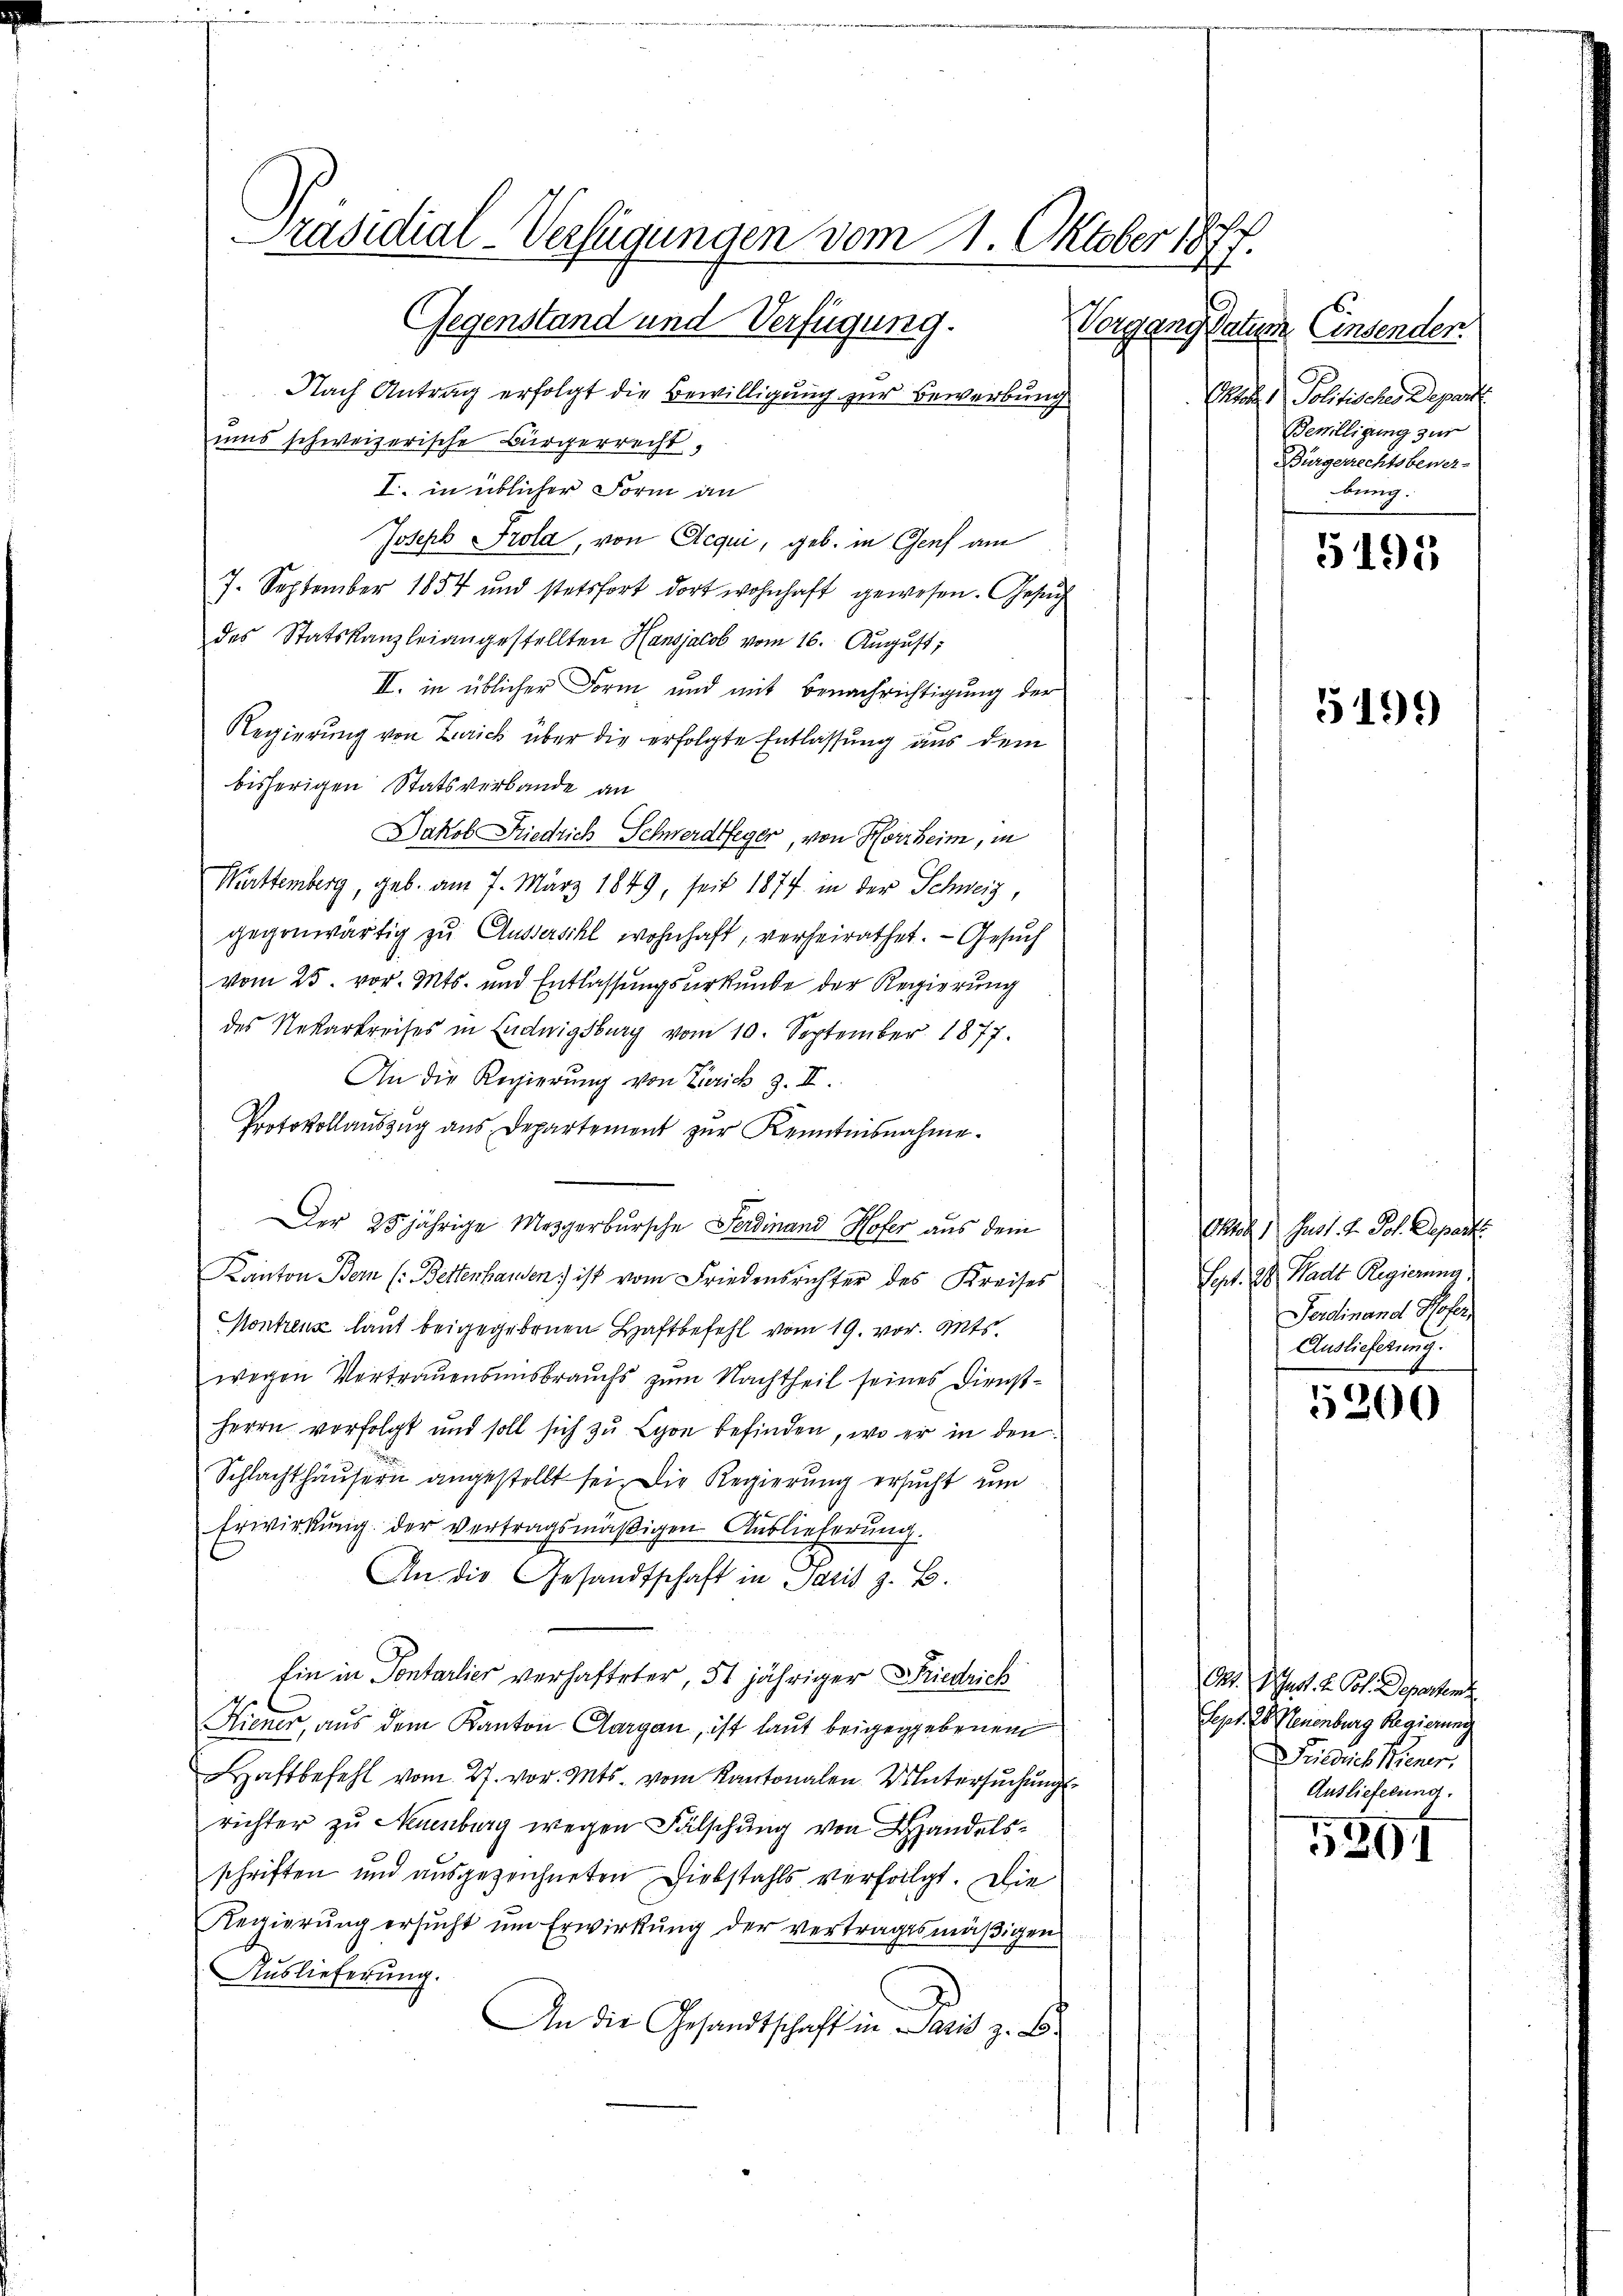
Präsidial-Verfügungen vom 11. Oktober 1877.
Gegenstand und Verfügung. Vorgang datum

Nach Antrag erfolgt die Bewilligung zur Bewerbung
ums schweizerische Bürgerrecht,
I. in üblicher Form an
Joseph Frola, von Aequi, geb. in Genf am
7. September 1854 und stetsfort dort wohnhaft gewesen. Gesuch
des Statskanzleiangestellten Hansjacob vom 16. August,
II. in üblicher Form und mit Benachrichtigung der
Regierung von Zürich über die erfolgte Entlassung aus dem
bisherigen Statsverbande an
Jakob Friedrich Schwerdeger, von Herr heim, in
Mattemberg, geb. am 7. März 1849, seit 1877 in der Schweiz,
gegenwärtig zu Aussersihl wohnhaft, verheirathet. — Gesuch
vom 25. vor. Mts. und Entlassungsurkunde der Regierung
des Nekarkreises in Endwigsburg vom 10. September 1877.
An die Regierung von Zürich 3. II.
Protokollauszug aus Departement zur Kenntnisnahme.
Der 25jährige Mezgerbursche Ferdinand Hofer aus dem
Kanton Bern (: Betterhanden ist vom Friedensrichter des Kreises
Kontrenz laut beigegebenen Haftbefehl vom 19. vor. Mts.
wegen Vertrauensensbrauchs zum Nachtheil seines Dienst¬
Herrn vorfolgt und soll sich zu Lyon befinden, wo er in den
Schlachthäusern angestellt sei. Die Regierung ersucht um
Erwirkŭng der vertragsmäßigen Auslieferŭng.
An die Gesandtschaft in Paris z. B.
Ein in Pontarlier verhafteter, 51 jähriger Friedrich
Hiener, aus dem Kanton Aargau, ist laut beigegebenen
aftbefehl vom 27. vor. Mts. vom Kantonalen Untersuchung
richter zu Neuenburg wegen Fälschung von Handelsschriften und ausgezeichneten Diebstahls verfolgt. Die
Regierŭng ersŭcht ŭm Erwirkŭng der vertragsmäβigen
Auslieferung.
An die Gesandtschaft in Paris z. B.

Einsender.
Grades Politischiede
Bewilligung zur
Bürgerrechtsbewe-
bung

5195

515)

Enach 1 Fuss. v. Joh.
Sept. 38. Stadt Regierun
Ferdinand d
Auslieferung

5200

Okt. D Gust. H. Pot. Departen z
Sept. B. Neuenburg Regierung
Friedrich Biener.
Auslieferung

5891